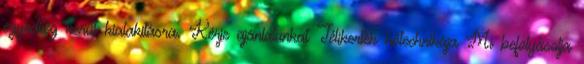
egyedileg kerül kialakításra. Kérje ajánlatunkat Télikertek hőtechnikája Mi befolyásolja